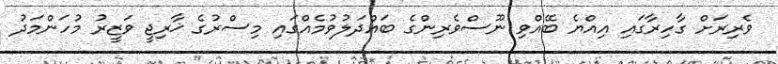
ވެރިރަށް ގާހިރާގައި އިއްޔެ ބޭއްވި ނޫސްވެރިންގެ ބައްދަލުވުމެއްގައި މިސްރުގެ ޚާރިޖީ ވަޒީރު މުހަންމަދު